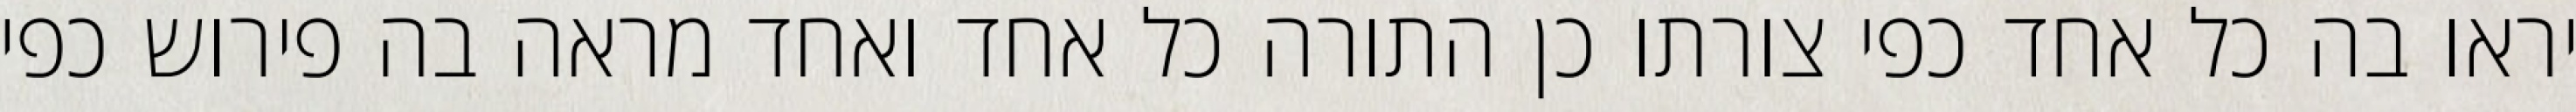
יראו בה כל אחד כפי צורתו כן התורה כל אחד ואחד מראה בה פירוש כפי